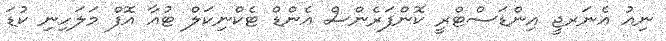
ނިއު އެނަރޖީ އިންޑަސްޓްރީ ކޮންފަރެންސް އެންޑް ޓެކްނިކަލް ޓުއާ އޮފް މަލަހިނި ކުޑަ